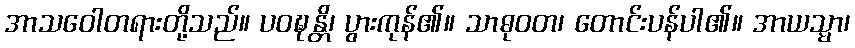
အာသဝေါတရားတို့သည်။ ပဝဍ္ဎန္တိ၊ ပွားကုန်၏။ သာဓုဝတ၊ တောင်းပန်ပါ၏။ အာယသ္မာ၊